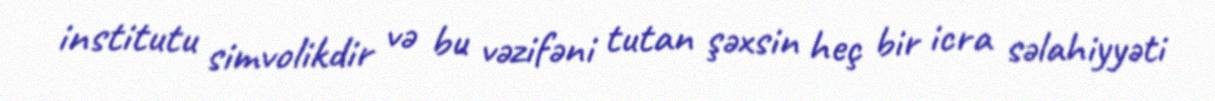
institutu simvolikdir və bu vəzifəni tutan şəxsin heç bir icra səlahiyyəti